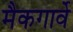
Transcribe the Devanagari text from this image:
मैकगार्वे